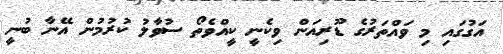
އަގުގައި މި ވައްތަރުގެ ޑޫރިއަން ވިކެނީ ކީއްވެތޯ ސުވާލު ކުރުމުން އޭނާ ބުނީ